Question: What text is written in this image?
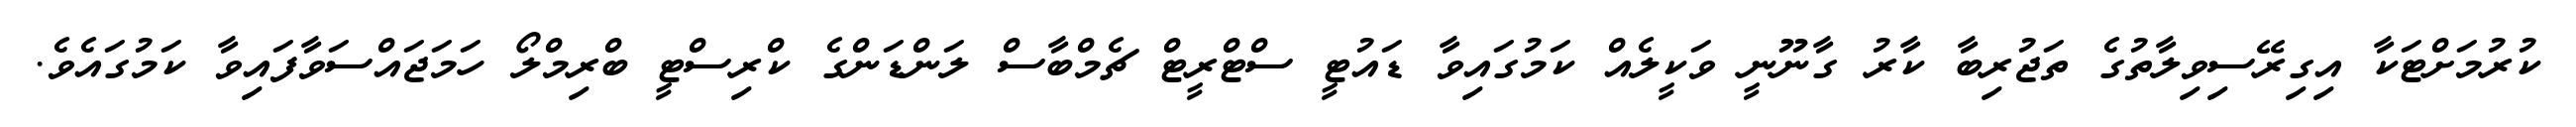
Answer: ކުރުމަށްޓަކާ އިގިރޭސިވިލާތުގެ ތަޖުރިބާ ކާރު ގާނޫނީ ވަކީލެއް ކަމުގައިވާ ޑައުޓީ ސްޓްރީޓް ޗެމްބާސް ލަންޑަންގެ ކްރިސްޓީ ބްރިމްލޯ ހަމަޖައްސަވާފައިވާ ކަމުގައެވެ.